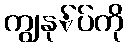
ကျွနု်ပ်ကို